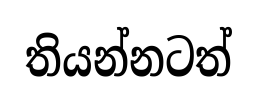
තියන්නටත්